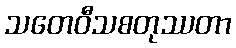
သတေဝီသစတုဿတာ